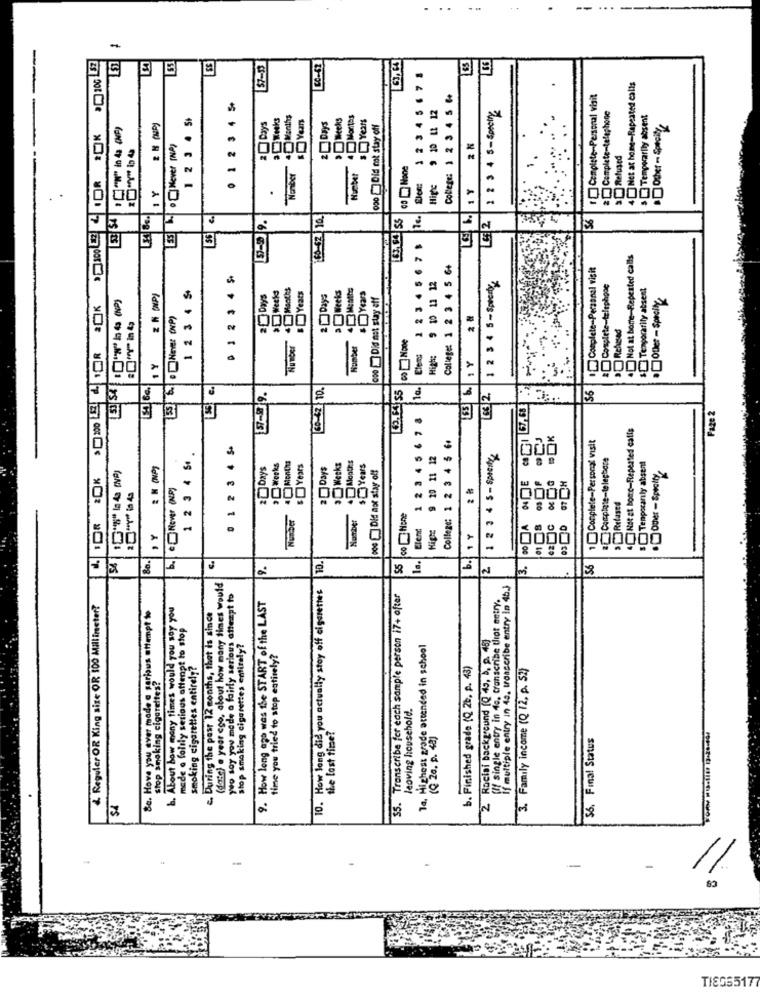
8 20K 3020 12 OR 30K 2 300 4 DR .DK .100 LEZ
53
SS
57-53
12 3 4 5 6 7 8
4[] Net at home-Repeated calis
College: 1 2 3 4 5 6+
Complete-Personal visit
0 1 23 4 5
9 10 LL 12
1 2 3 4 5-6pctg
1 2 3 4 5+
Weeks
Months
>Weeks
3Years
3 Temporarily absent
2 Days
2 Days
000 Did not stay off
.Other - Special1
Humber
00 None
1Y
Hige
1 Y
.
56 €.
57-9 9.
60-62 10.
52
Not at borte-Repeated calls
123 456
College: 1 2 3 4 5 6+
Complete-Personal visit
0 1 2 3 4 5
1 2 3 4 5-Spicy
1 2 3 4 9
Months
Yeats
Kels
9 10 11 12
Tengorarity absent
Z N ONPI
2 Days
2 ] Days
Years
000 ] Did not stay aff
·Oder - Specify
.ONEYer ONP)
0000
Rehesed
Number
Number
1Y
1Y
00
60-42 10.
10.
163 6.
97-99.
63 2
1 2 3 4 5 6 7 8
Faze 2
Not at home-Repeated calls
College: 1 2 3 4 5 6+
1 Complete-Personal visit
0 1 2 3 4 5
1 2 3 4 5.
NumberMonths
9 20 11 12
1 2 3 4 5-Spreity:
i Complete-telepbare
& M (NP)
2 Days
" Weeks
5 Years
2 Days
Weeks
000[] Did not stay off
Temporarily absent
2 %
Relased
CONone
Elent
High
80.
b.
10.
1 ..
b.
2
3.
(date) . year ago, about how many times would
10. How long did you actually stoy off cigarettes
If multiple entry in 43. transcribe entry in 46.
au mede a fairly serious attempt to
$5. Transcribe for each sample person 17+ ofter
(!) single entry in 40, transcribe Ulot antry.
& Reguler OR King size OR 100 Millimeter?
Bc. Hove you ever made a serious attempt to
b. About how many times would you say you
9. How long ago was the START of the LAST
2. During the past 12 months, that is since
made o foltly serious attenot to stop
2 Racial background [Q 49, à, p. 45]
stop smoking cigarettes entirely?
Ta, Highest grade attended in school
time you tried to stop entirely?
smoking cigarettes entirely?
b. Finished grade (Q 2b. p. 43)
3. Family income (Q /2, p. S2)
stop smoking cigarettes?
leoving household.
yo soy you med
the last time?
(Q 2a. p. 48)
$6, Final Status
S4
-
TIEGS5177